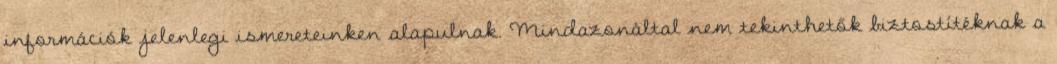
információk jelenlegi ismereteinken alapulnak. Mindazonáltal nem tekinthetők biztostítéknak a